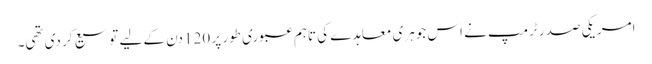
امریکی صدر ٹرمپ نے اس جوہری معاہدے کی تاہم عبوری طور پر 120 دن کے لیے توسیع کر دی تھی۔